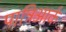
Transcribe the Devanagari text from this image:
पात्रिआर्क